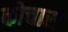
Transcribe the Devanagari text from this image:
कोचास